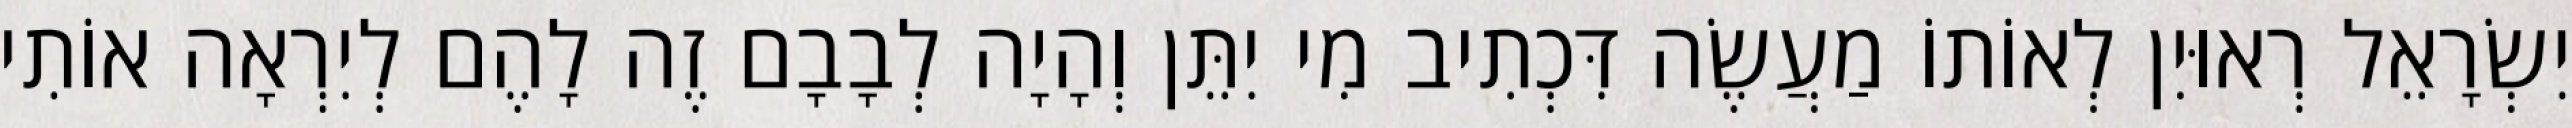
יִשְׂרָאֵל רְאוּיִן לְאוֹתוֹ מַעֲשֶׂה דִּכְתִיב מִי יִתֵּן וְהָיָה לְבָבָם זֶה לָהֶם לְיִרְאָה אוֹתִי